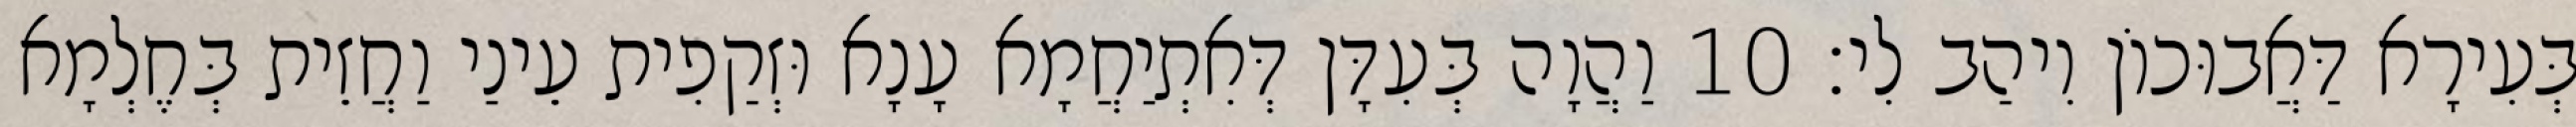
בְּעִירָא דַּאֲבוּכוֹן וִיהַב לִי׃ 10 וַהֲוָה בְּעִדָּן דְּאִתְיַחֲמָא עָנָא וּזְקַפִית עֵינַי וַחֲזֵית בְּחֶלְמָא